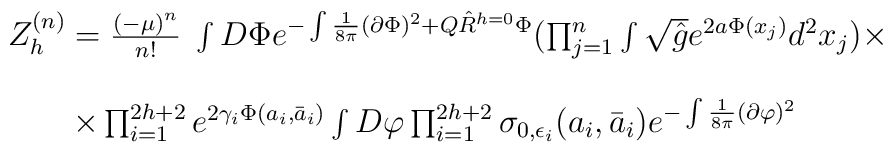
\begin{array}{l}Z_h^{(n)}=\frac{\left(-\mu \right)^n}{n!}\;\int D \Phi e^{-\int\frac{1}{8\pi}(\partial \Phi)^2 + Q \hat{R}^{h=0} \Phi}(\prod_{j=1}^{n}\int \sqrt{\hat{g}}e^{2a\Phi(x_j)}d^2x_j) \times\\\nonumber\\\qquad \times\prod_{i=1}^{2h+2}e^{2\gamma_i \Phi(a_i,\bar{a}_i)}\int D\varphi \prod_{i=1}^{2h+2}\sigma_{0,\epsilon_i}(a_i,\bar{a}_i)e^{-\int \frac{1}{8\pi}(\partial\varphi)^2}\end{array}